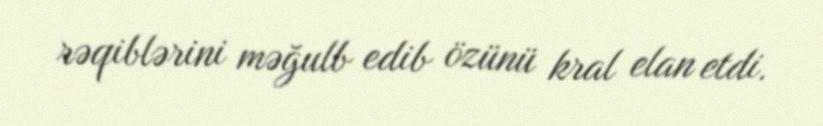
rəqiblərini məğulb edib özünü kral elan etdi.